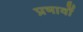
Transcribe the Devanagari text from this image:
प्रभावोें